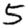
Digit: 5